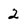
Character: 2